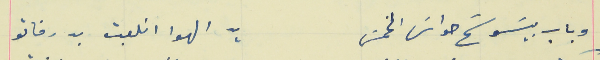
وباب بيسَوسَح حواسَ الخمسَ                                      يد الهوا انلعبت بدرفاتو